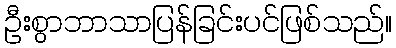
ဦးစွာဘာသာပြန်ခြင်းပင်ဖြစ်သည်။